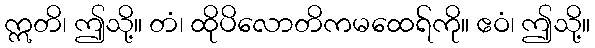
ဣတိ၊ ဤသို့။ တံ၊ ထိုပိလောတိကမထေရ်ကို။ ဧဝံ၊ ဤသို့။